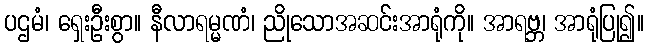
ပဌမံ၊ ရှေးဦးစွာ။ နီလာရမ္မဏံ၊ ညိုသောအဆင်းအာရုံကို။ အာရဗ္ဘ၊ အာရုံပြု၍။